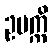
ဥပက္ကိ